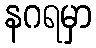
နဂရမှာ